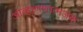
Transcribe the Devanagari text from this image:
आव्हाणणात्मअक